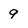
Character: 9